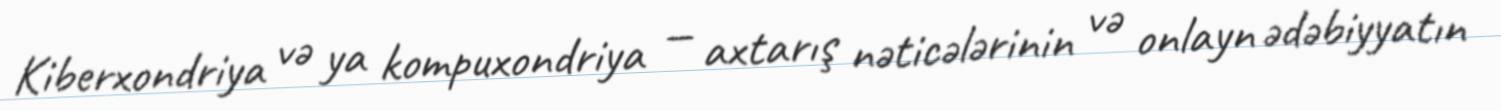
Kiberxondriya və ya kompuxondriya — axtarış nəticələrinin və onlayn ədəbiyyatın